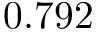
0 . 7 9 2